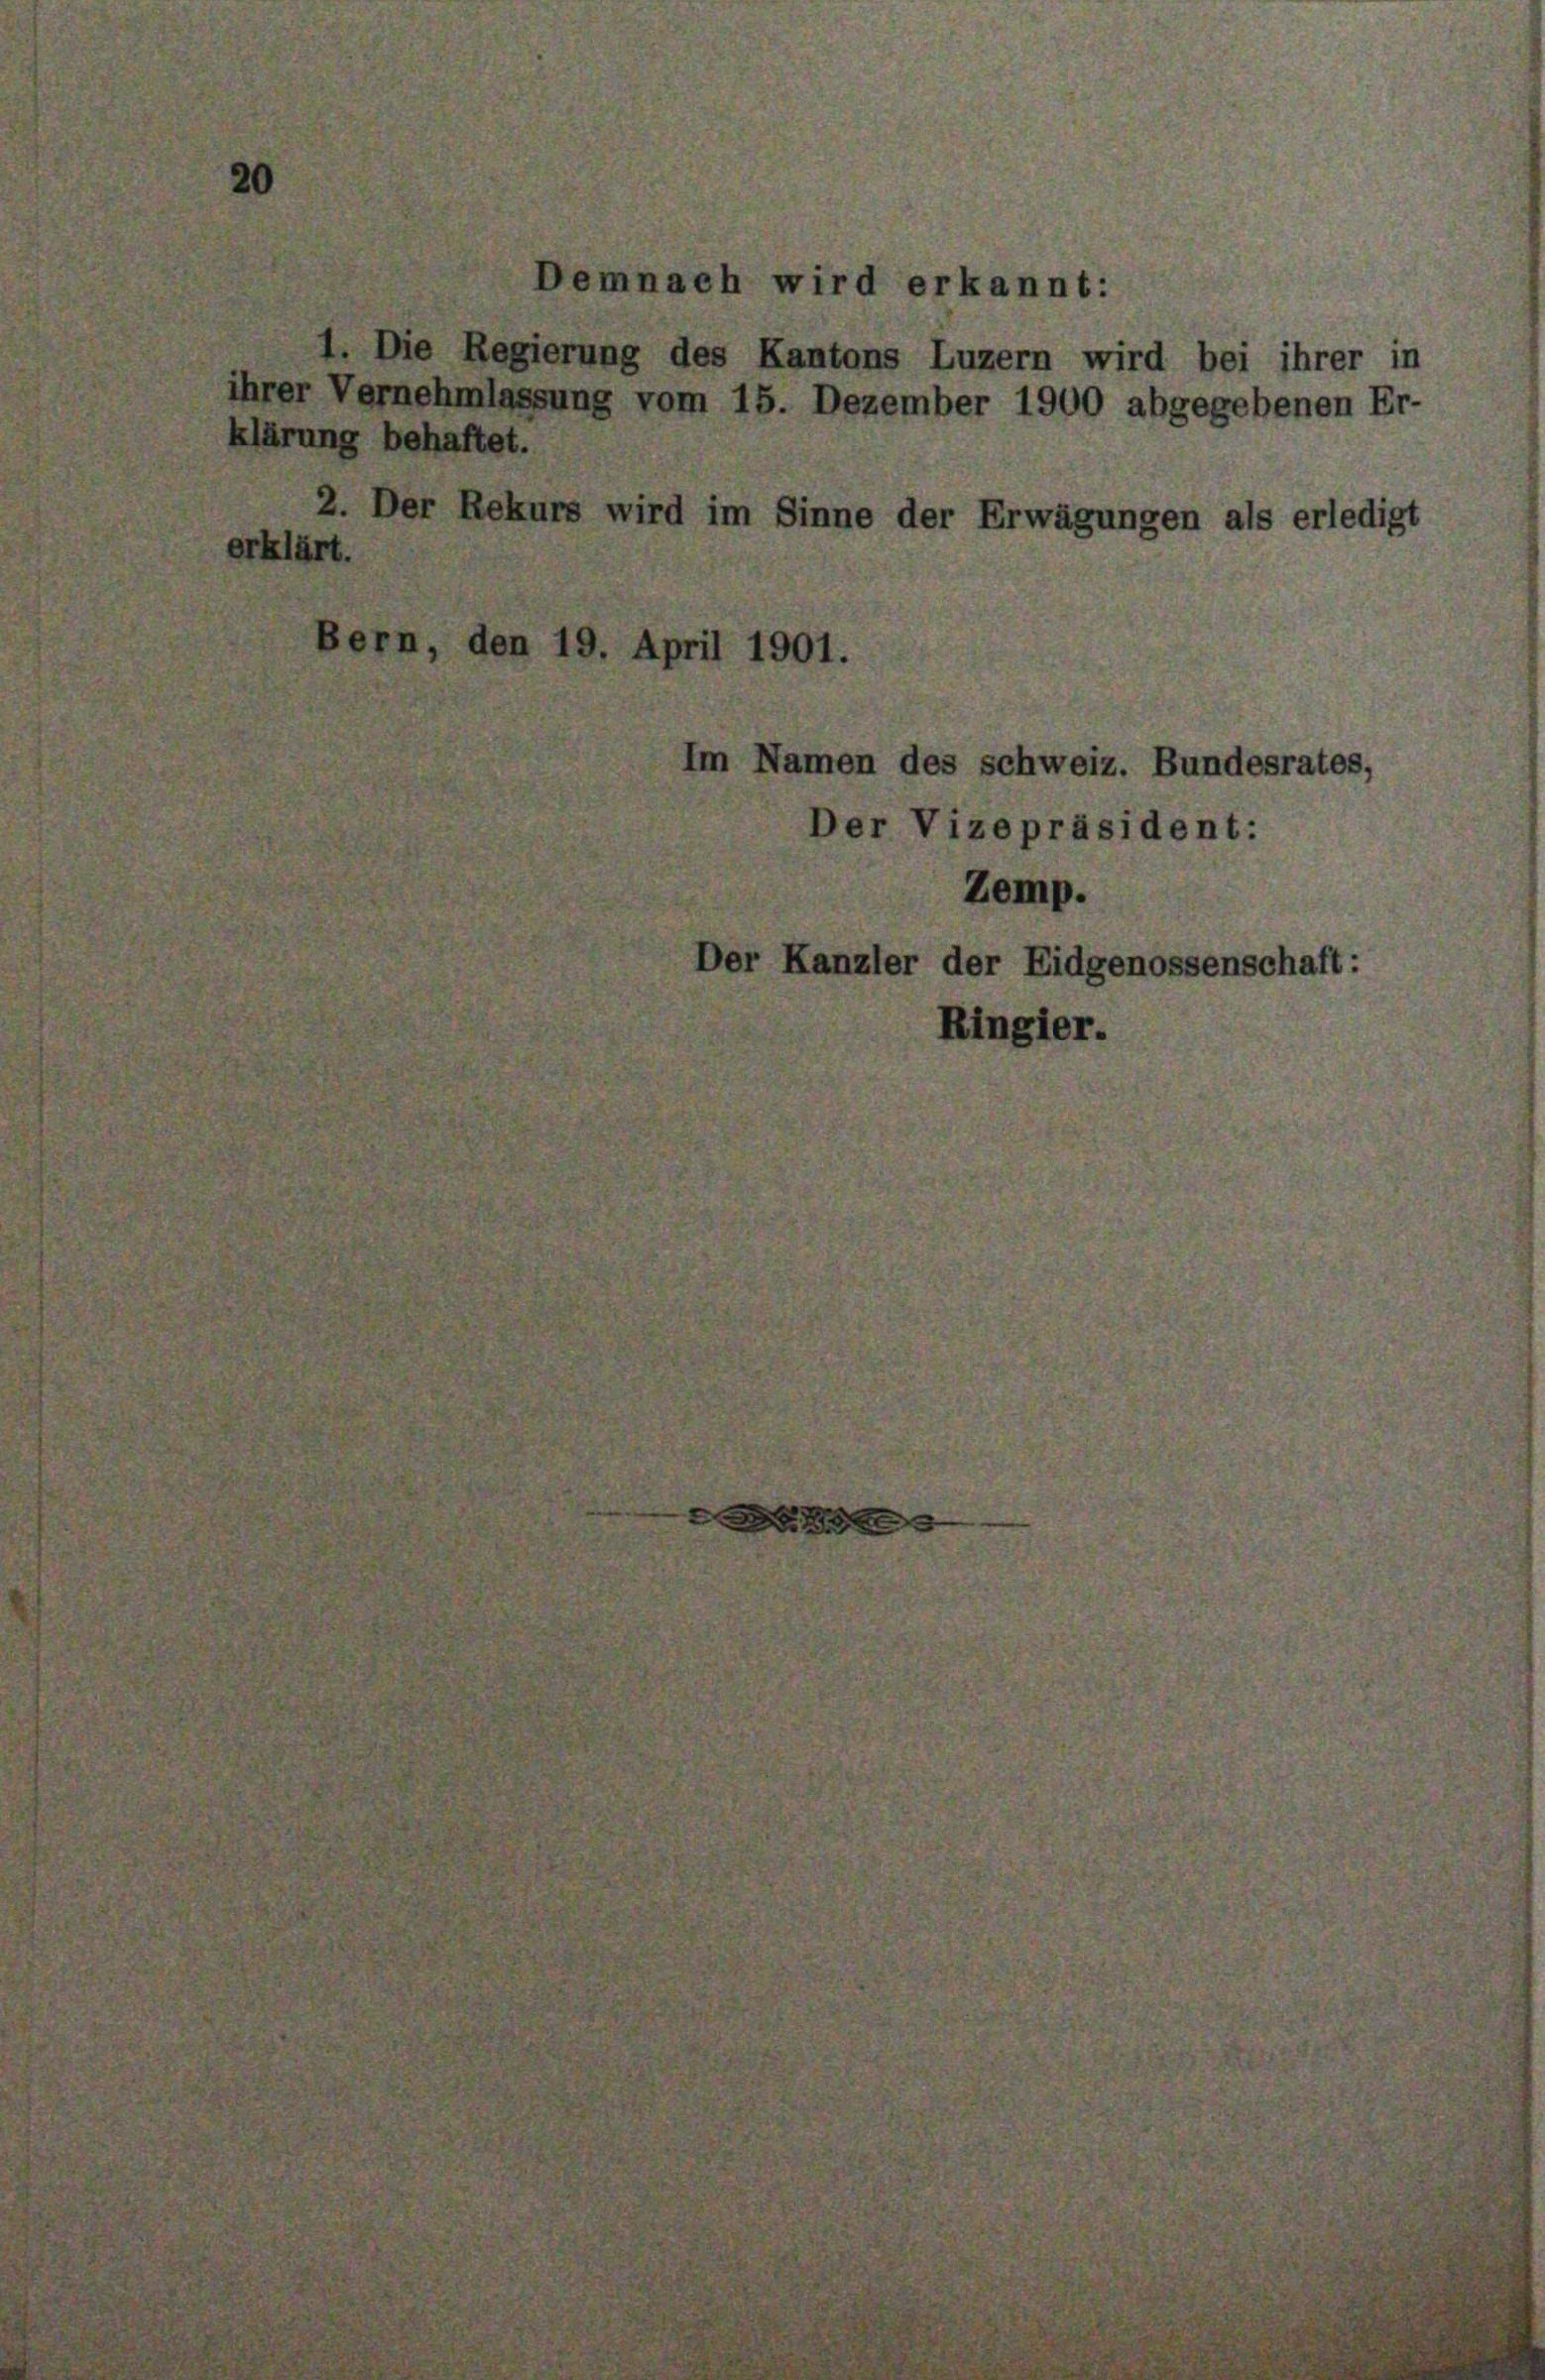
ihrer Vernehmlassung vom 15. Dezember 1900 abgegebenen Er-

klärung behaftet.
2. Der Rekurs wird im Sinne der Erwägungen als erledigt
rklärt.
den 19. April 1901.

emnach wird erkannt:

Die Regierung des Kantons Luzern wird bei ihrer in

m Namen des schweiz. Bundesrates.
Der Vizepräsident:
Zemp.
Der Kanzler der Eidgenossenschaft:
Ringier.